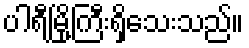
ပါရီမြို့ကြီးရှိသေးသည်။